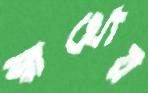
স্বার্থ্যের